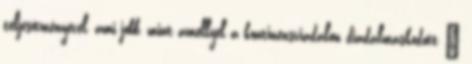
teljesítményével, ami jobb, mint amellyel a kontinensviadalon diadalmaskodott –